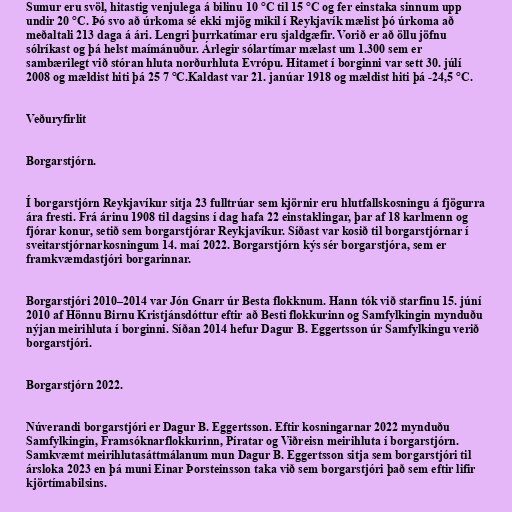
Sumur eru svöl, hitastig venjulega á bilinu 10 °C til 15 °C og fer einstaka sinnum upp
undir 20 °C. Þó svo að úrkoma sé ekki mjög mikil í Reykjavík mælist þó úrkoma að
meðaltali 213 daga á ári. Lengri þurrkatímar eru sjaldgæfir. Vorið er að öllu jöfnu
sólríkast og þá helst maímánuður. Árlegir sólartímar mælast um 1.300 sem er
sambærilegt við stóran hluta norðurhluta Evrópu. Hitamet í borginni var sett 30. júlí
2008 og mældist hiti þá 25 7 °C.Kaldast var 21. janúar 1918 og mældist hiti þá -24,5 °C.

Veðuryfirlit

Borgarstjórn.

Í borgarstjórn Reykjavíkur sitja 23 fulltrúar sem kjörnir eru hlutfallskosningu á fjögurra
ára fresti. Frá árinu 1908 til dagsins í dag hafa 22 einstaklingar, þar af 18 karlmenn og
fjórar konur, setið sem borgarstjórar Reykjavíkur. Síðast var kosið til borgarstjórnar í
sveitarstjórnarkosningum 14. maí 2022. Borgarstjórn kýs sér borgarstjóra, sem er
framkvæmdastjóri borgarinnar.

Borgarstjóri 2010–2014 var Jón Gnarr úr Besta flokknum. Hann tók við starfinu 15. júní
2010 af Hönnu Birnu Kristjánsdóttur eftir að Besti flokkurinn og Samfylkingin mynduðu
nýjan meirihluta í borginni. Síðan 2014 hefur Dagur B. Eggertsson úr Samfylkingu verið
borgarstjóri.

Borgarstjórn 2022.

Núverandi borgarstjóri er Dagur B. Eggertsson. Eftir kosningarnar 2022 mynduðu
Samfylkingin, Framsóknarflokkurinn, Píratar og Viðreisn meirihluta í borgarstjórn.
Samkvæmt meirihlutasáttmálanum mun Dagur B. Eggertsson sitja sem borgarstjóri til
ársloka 2023 en þá muni Einar Þorsteinsson taka við sem borgarstjóri það sem eftir lifir
kjörtímabilsins.